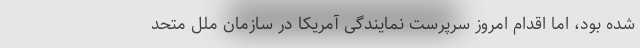
شده بود، اما اقدام امروز سرپرست نمایندگی آمریکا در سازمان ملل متحد